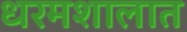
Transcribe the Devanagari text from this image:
धरमशालात